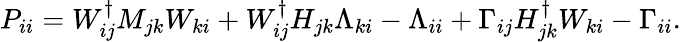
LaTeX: P_{ii}=W_{ij}^{\dagger}M_{jk}W_{ki}+W_{ij}^{\dagger}H_{jk}\Lambda_{ki}-\Lambda_{ii}+\Gamma_{ij}H_{jk}^{\dagger}W_{ki}-\Gamma_{ii}.